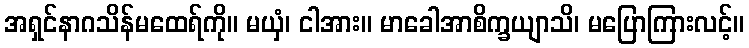
အရှင်နာဂသိန်မထေရ်ကို။ မယှံ၊ ငါအား။ မာခေါအာစိက္ခယျာသိ၊ မပြောကြားလင့်။